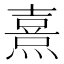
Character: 熹